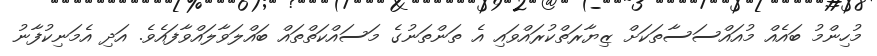
މުހިންމު ބައެއް މުއައްސަސާތަކަށް ޒިޔާރަތްކުރައްވައި އެ ތަންތަނުގެ މަސައްކަތްތައް ބައްލަވާލައްވާފައެވެ. އަދި އެމަނިކުފާނު